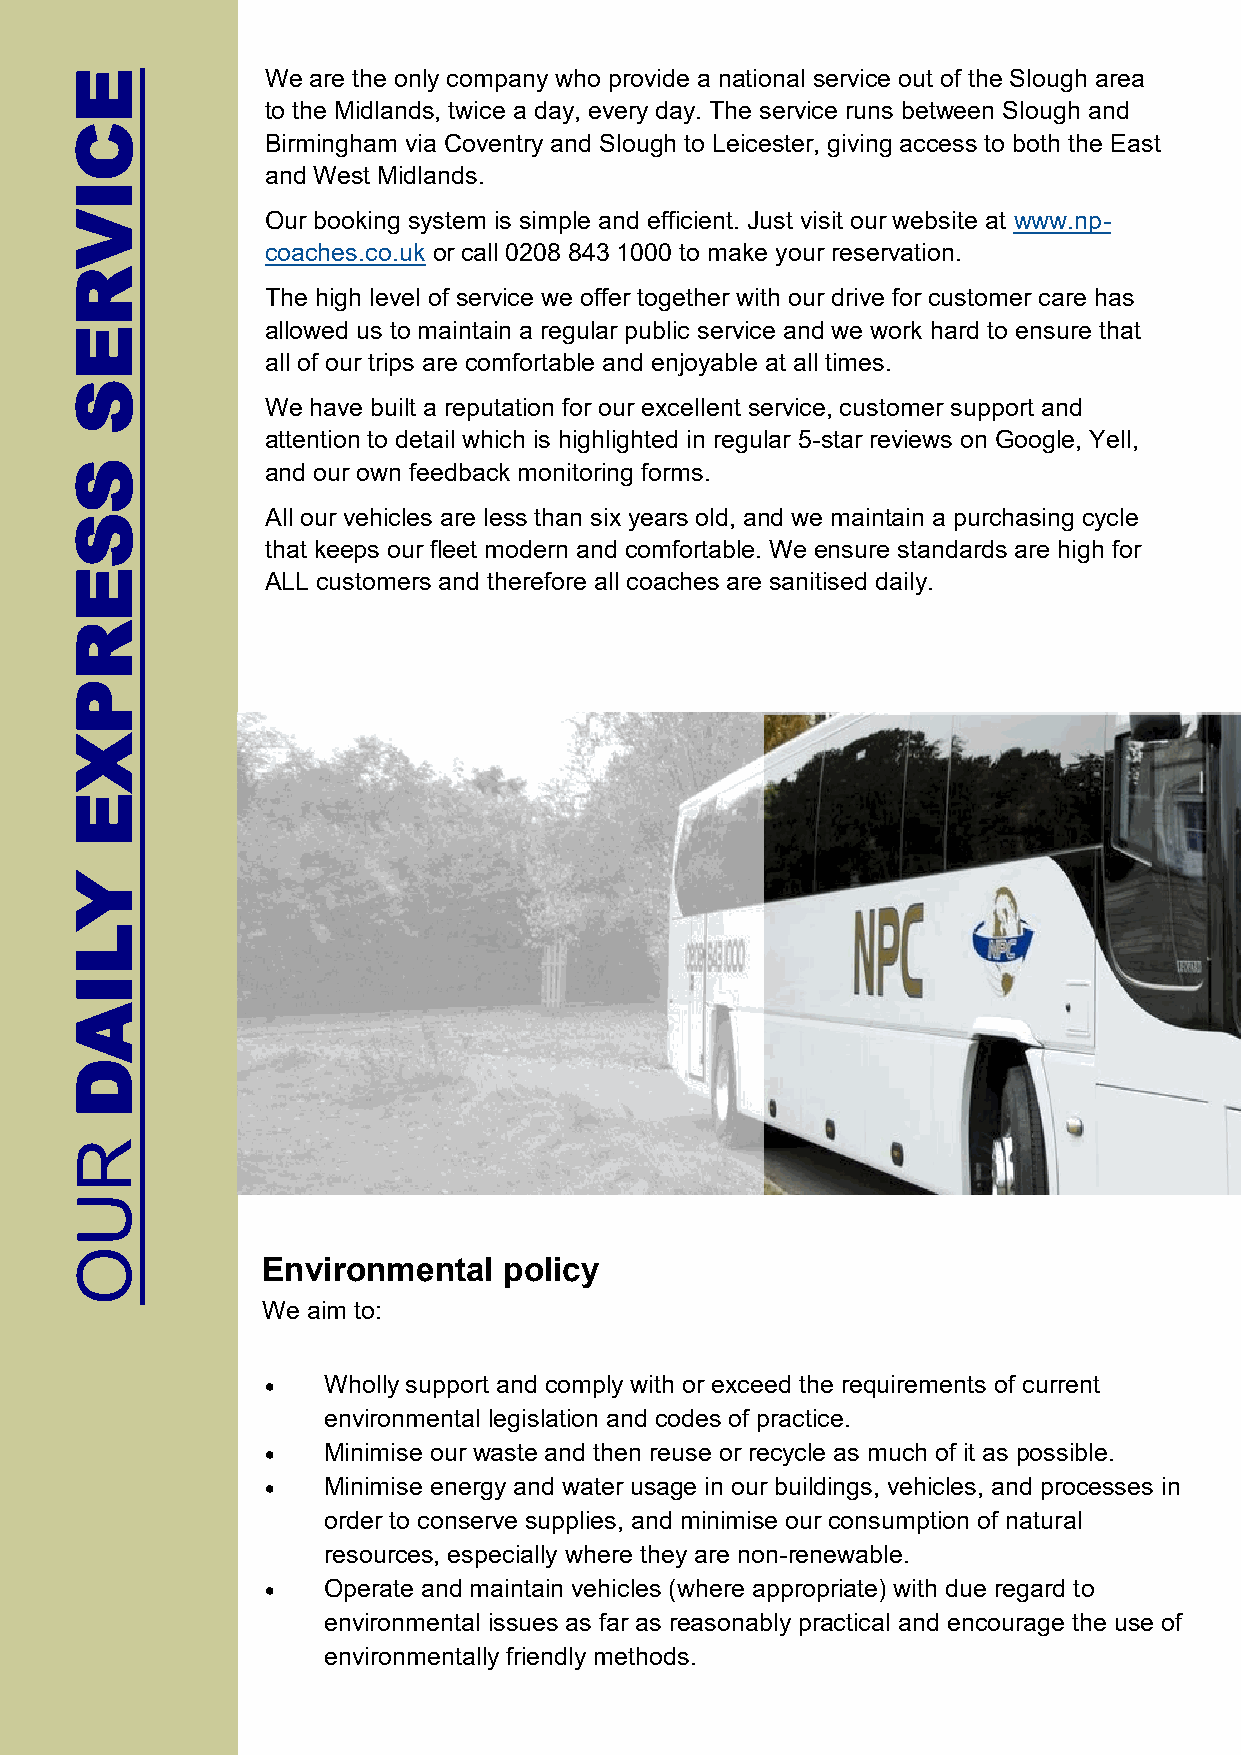
E            We are the only company who provide a national service out of the Slough area
 to the Midlands, twice a day, every day. The service runs between Slough and
 C
 Birmingham via Coventry and Slough to Leicester, giving access to both the East
 and West Midlands.
 I
 V            Our booking system is simple and efficient. Just visit our website at www.np-
 coaches.co.uk or call 0208 843 1000 to make your reservation.
 R
 The high level of service we offer together with our drive for customer care has
 allowed us to maintain a regular public service and we work hard to ensure that
 E
 all of our trips are comfortable and enjoyable at all times.
 S
 We have built a reputation for our excellent service, customer support and
 attention to detail which is highlighted in regular 5-star reviews on Google, Yell,
 S            and our own feedback monitoring forms.
 All our vehicles are less than six years old, and we maintain a purchasing cycle
 S
 that keeps our fleet modern and comfortable. We ensure standards are high for
 E            ALL customers and therefore all coaches are sanitised daily.
 R
 P
 X
 E
 Y
 L
 I
 A
 D
 R
 U
 O
 Environmental   policy
 We aim to:
 •  Wholly support and comply with or exceed the requirements of current
 environmental legislation and codes of practice.
 •  Minimise our waste and then reuse or recycle as much of it as possible.
 •  Minimise energy and water usage in our buildings, vehicles, and processes in
 order to conserve supplies, and minimise our consumption of natural
 resources, especially where they are non-renewable.
 •  Operate and maintain vehicles (where appropriate) with due regard to
 environmental issues as far as reasonably practical and encourage the use of
 environmentally friendly methods.